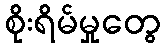
စိုးရိမ်မှုတွေ